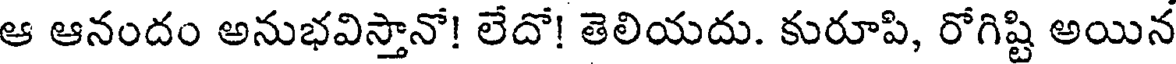
ఆ ఆనందం అనుభవిస్తానో! లేదో! తెలియదు. కురూపి, రోగిష్టి అయిన